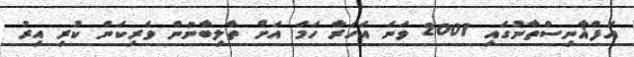
އަފްޣާނިސްތާނުގައި 2001 ވަނަ އަހަރާ ހަމަ އަށް ތާލިބާނުން ވެރިކަން ކުރި އިރު